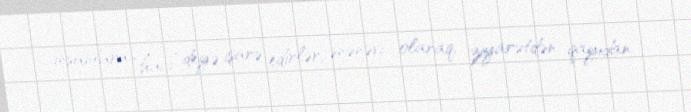
insanlara “hacı” deyə işarə edirlər, ənənəvi olaraq, ziyarətdən qayıdan